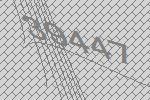
39447